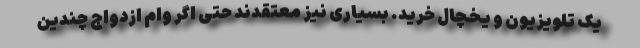
یک تلویزیون و یخچال خرید. بسیاری نیز معتقدند حتی اگر وام ازدواج چندین